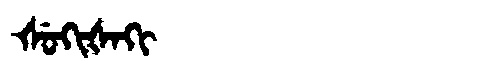
Manchu: ᡧᡠᡴᡳᡧᠠᡴᡳ
Romanization: ŠUKIŠAKI